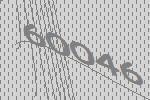
60046